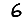
Digit: 6